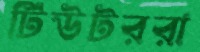
টিউটররা